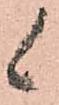
候